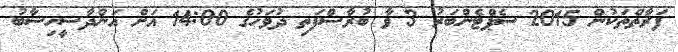
ފަރާތްތަކުން 2015 ސެޕްޓެންބަރު 3 ވާ ބުރާސްފަތި ދުވަހުގެ 14:00 އަށް އަންދާސީހިސާބު